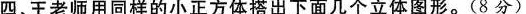
四、王老师用同样的小正方体搭出下面几个立体图形。(8分)